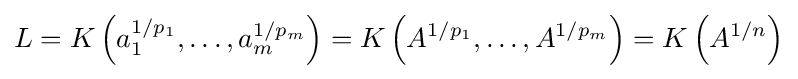
L=K\left(a_{1}^{1/p_{1}},\ldots ,a_{m}^{1/p_{m}}\right)=K\left(A^{1/p_{1}},\ldots ,A^{1/p_{m}}\right)=K\left(A^{1/n}\right)